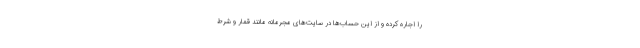
را اجاره کرده و از این حساب‌ها در سایت‌های مجرمانه مانند قمار و شرط